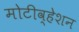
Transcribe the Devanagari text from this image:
मोटीव्हेशन